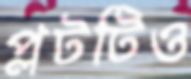
প্লটটিও